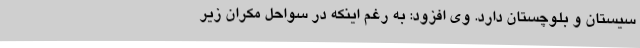
سیستان و بلوچستان دارد. وی افزود: به رغم اینکه در سواحل مکران زیر